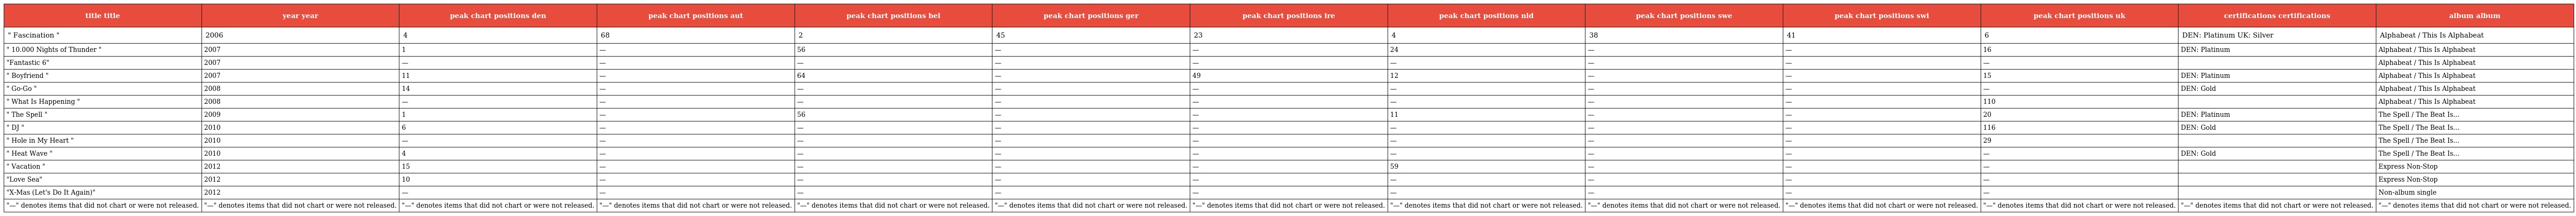
| title title | year year | peak chart positions den | peak chart positions aut | peak chart positions bel | peak chart positions ger | peak chart positions ire | peak chart positions nld | peak chart positions swe | peak chart positions swi | peak chart positions uk | certifications certifications | album album |
 | --- | --- | --- | --- | --- | --- | --- | --- | --- | --- | --- | --- | --- |
 | " Fascination " | 2006 | 4 | 68 | 2 | 45 | 23 | 4 | 38 | 41 | 6 | DEN: Platinum UK: Silver | Alphabeat / This Is Alphabeat |
 | " 10.000 Nights of Thunder " | 2007 | 1 | — | 56 | — | — | 24 | — | — | 16 | DEN: Platinum | Alphabeat / This Is Alphabeat |
 | "Fantastic 6" | 2007 | — | — | — | — | — | — | — | — | — |  | Alphabeat / This Is Alphabeat |
 | " Boyfriend " | 2007 | 11 | — | 64 | — | 49 | 12 | — | — | 15 | DEN: Platinum | Alphabeat / This Is Alphabeat |
 | " Go-Go " | 2008 | 14 | — | — | — | — | — | — | — | — | DEN: Gold | Alphabeat / This Is Alphabeat |
 | " What Is Happening " | 2008 | — | — | — | — | — | — | — | — | 110 |  | Alphabeat / This Is Alphabeat |
 | " The Spell " | 2009 | 1 | — | 56 | — | — | 11 | — | — | 20 | DEN: Platinum | The Spell / The Beat Is... |
 | " DJ " | 2010 | 6 | — | — | — | — | — | — | — | 116 | DEN: Gold | The Spell / The Beat Is... |
 | " Hole in My Heart " | 2010 | — | — | — | — | — | — | — | — | 29 |  | The Spell / The Beat Is... |
 | " Heat Wave " | 2010 | 4 | — | — | — | — | — | — | — | — | DEN: Gold | The Spell / The Beat Is... |
 | " Vacation " | 2012 | 15 | — | — | — | — | 59 | — | — | — |  | Express Non-Stop |
 | "Love Sea" | 2012 | 10 | — | — | — | — | — | — | — | — |  | Express Non-Stop |
 | "X-Mas (Let's Do It Again)" | 2012 | — | — | — | — | — | — | — | — | — |  | Non-album single |
 | "—" denotes items that did not chart or were not released. | "—" denotes items that did not chart or were not released. | "—" denotes items that did not chart or were not released. | "—" denotes items that did not chart or were not released. | "—" denotes items that did not chart or were not released. | "—" denotes items that did not chart or were not released. | "—" denotes items that did not chart or were not released. | "—" denotes items that did not chart or were not released. | "—" denotes items that did not chart or were not released. | "—" denotes items that did not chart or were not released. | "—" denotes items that did not chart or were not released. | "—" denotes items that did not chart or were not released. | "—" denotes items that did not chart or were not released. |